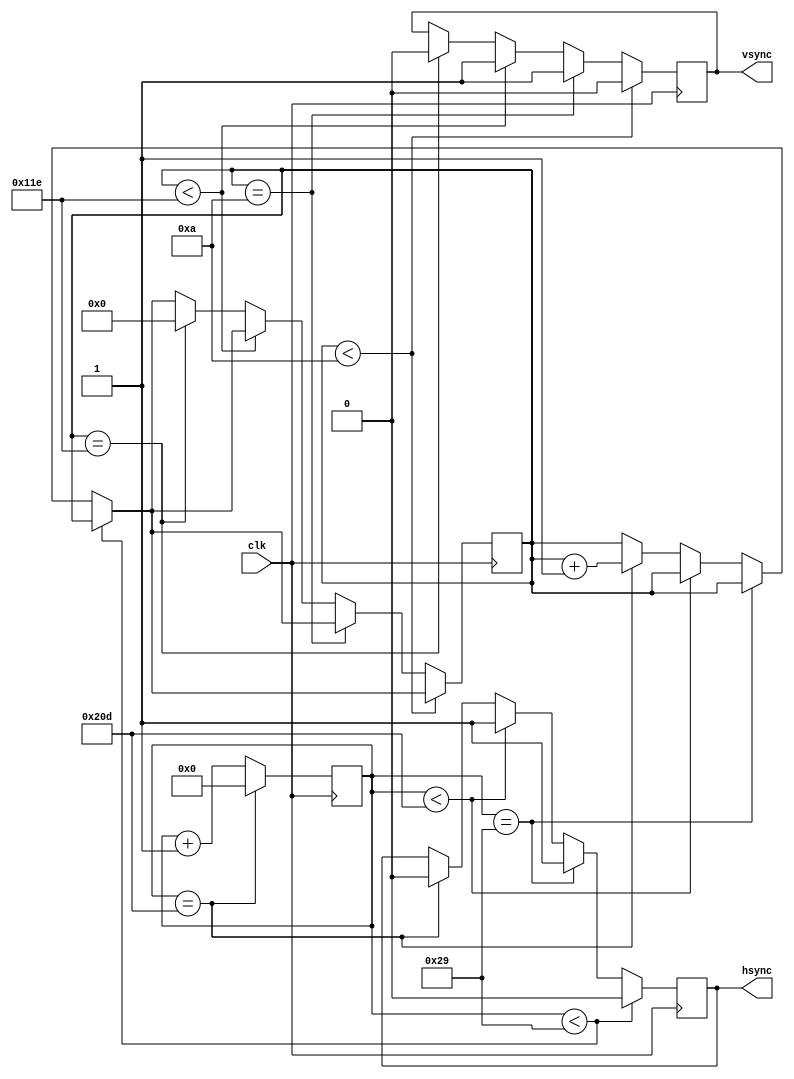
//Justin Lee (jpl88) and Ian Waldschmidt (isw5)
//Module used to determine position, sync, valid, and blank signals
module video_sync_generator(input clk,
         output reg hsync, vsync);

	reg [9:0] hsync_counter;
	reg [8:0] vsync_counter;
	
	initial begin
		hsync_counter <= 10'd0;
		vsync_counter <= 9'd0;
	end
	
	//Responsible for creating hsync, vsync, and valid signals
	always @(posedge clk) begin
		//Hsync is low for 41 clock cycles, then high for 484 cycles (525 total cycles)
		if(hsync_counter < 10'd41) hsync <= 0;
		else if(hsync_counter == 10'd41) hsync <= 1;
		else if(hsync_counter < 10'd525) hsync <= 1;
		else if(hsync_counter == 10'd525) begin
			hsync <= 0;
			vsync_counter <= vsync_counter + 1'b1;
		end
		if(hsync_counter == 10'd525) hsync_counter <= 10'd0;
		else hsync_counter <= hsync_counter + 1'b1;
		//Vsync is low for 10 hsync cycles, then high for 276 cycles (286 total cycles)
		if(vsync_counter < 9'd10) vsync <= 0;
		else if(vsync_counter == 9'd10) vsync <= 1;
		else if(vsync_counter < 9'd286) vsync <= 1;
		else if(vsync_counter == 9'd286) begin
			vsync <= 0;
			vsync_counter <= 0;
		end
	end
endmodule